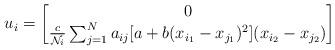
LaTeX: \begin{align*}u_i = \begin{bmatrix}0 \\\frac{c}{\mathcal{N}_i} \sum_{j=1}^{N} a_{ij} [a+b(x_{i_1}-x_{j_1})^2](x_{i_2}-x_{j_2})\end{bmatrix}\end{align*}